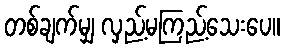
တစ်ချက်မျှ လှည့်မကြည့်သေးပေ။